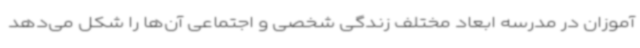
آموزان در مدرسه ابعاد مختلف زندگی شخصی و اجتماعی آن‌ها را شکل می‌دهد